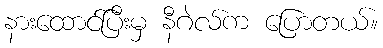
နားထောင်ပြီးမှ နီဂဲလ်က ပြောတယ်။